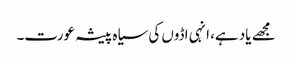
مجھے یاد ہے، انہی اڈوں کی سیاہ پیشہ عورت۔